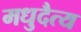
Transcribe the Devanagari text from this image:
मधुदैत्य